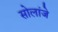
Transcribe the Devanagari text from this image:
सोलांजे